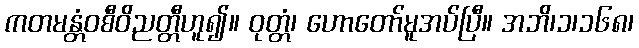
ကတမန္တံဝစီဝိညတ္တီဟူ၍။ ဝုတ္တံ၊ ဟောတော်မူအပ်ပြီ။ အဘိ၊၁၊၁၆၈၊